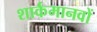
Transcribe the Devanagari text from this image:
शार्कमानवों